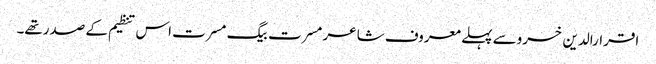
اقرارالدین خسروسے پہلے معروف شاعر مسرت بیگ مسرت اس تنظیم کے صدرتھے۔